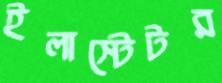
ইলাস্টেটর